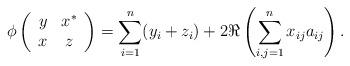
LaTeX: \begin{align*} \phi\left( \begin{array}{cc} y & x^* \\ x & z \\ \end{array}\right)=\sum_{i=1}^n (y_i+z_i)+2\Re\left(\sum_{i,j=1}^n x_{ij}a_{ij}\right).\end{align*}